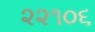
૨૨૧૦૬